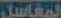
المعاسل